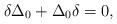
LaTeX: \begin{align*} \delta\Delta_0 + \Delta_0\delta = 0, \end{align*}